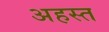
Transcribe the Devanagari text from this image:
अहस्त